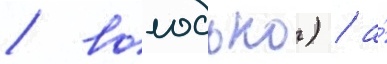
/ володько) / а́